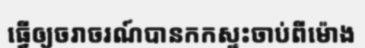
ធ្វើឲ្យចរាចរណ៍បានកកស្ទះចាប់ពីម៉ោង